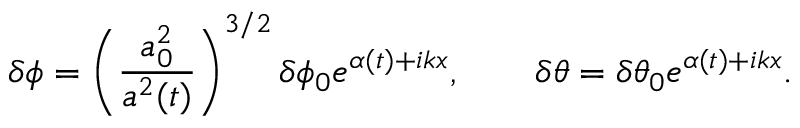
\delta \phi = \left( \frac { a _ { 0 } ^ { 2 } } { a ^ { 2 } ( t ) } \right) ^ { 3 / 2 } \delta \phi _ { 0 } e ^ { \alpha ( t ) + i k x } , \qquad \delta \theta = \delta \theta _ { 0 } e ^ { \alpha ( t ) + i k x } .